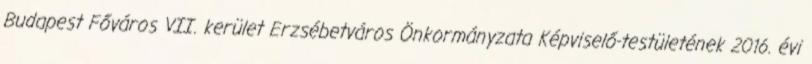
Budapest Főváros VII. kerület Erzsébetváros Önkormányzata Képviselő-testületének 2016. évi